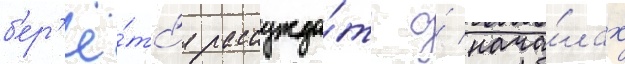
б'ер'ё́тс'я рассужда́ть о́ нача́лах